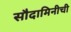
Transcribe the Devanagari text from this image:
सौदामिनीची